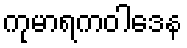
ကုမာရကဝါဒေန